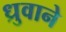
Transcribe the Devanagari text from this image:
ध्रुवाने